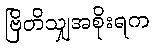
ဗြိတိသျှအစိုးရက